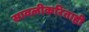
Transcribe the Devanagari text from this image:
सावलीकरिताही